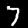
Digit: 7